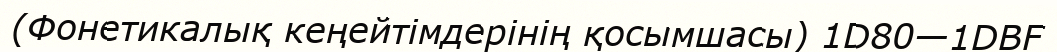
(Фонетикалық кеңейтімдерінің қосымшасы) 1D80—1DBF